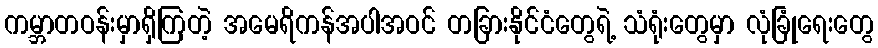
ကမ္ဘာတဝန်းမှာရှိကြတဲ့ အမေရိကန်အပါအဝင် တခြားနိုင်ငံတွေရဲ့ သံရုံးတွေမှာ လုံခြုံရေးတွေ